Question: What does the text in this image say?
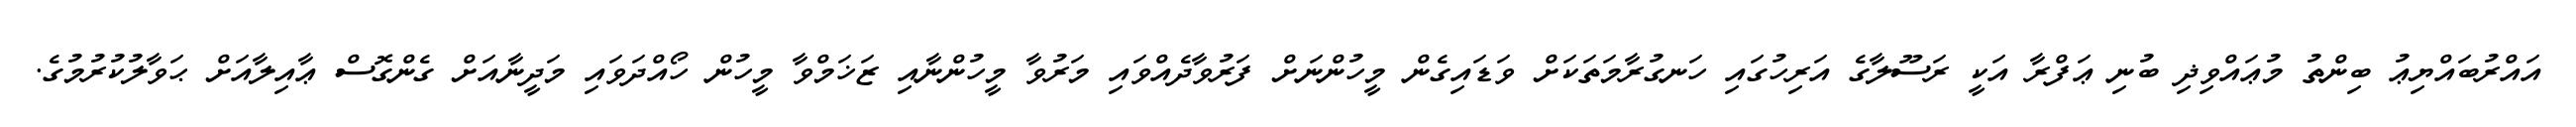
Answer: އައްރުބައްޔިޢު ބިންތު މުޢައްވިޛި ބުނި ޢަފްރާ އަކީ ރަސޫލާގެ އަރިހުގައި ހަނގުރާމަތަކަށް ވަޑައިގެން މީހުންނަށް ފަރުވާދެއްވައި މަރުވާ މީހުންނާއި ޒަޚަމްވާ މީހުން ހޯއްދަވައި މަދީނާއަށް ގެންގޮސް ޢާއިލާއަށް ޙަވާލުކުރުމުގެ.